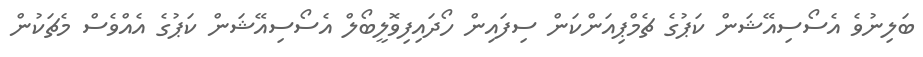
ބަލިނުވެ އެސޯސިއޭޝަން ކަޕުގެ ޗެމްޕިއަންކަން ސިފައިން ހޯދައިފިވޮލީބޯލް އެސޯސިއޭޝަން ކަޕުގެ އެއްވެސް މެޗަކުން